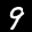
Label: 9